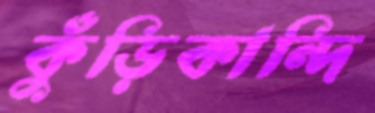
কুঁড়িকান্দি